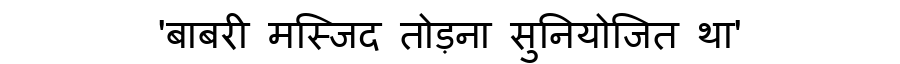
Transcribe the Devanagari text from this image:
'बाबरी मस्जिद तोड़ना सुनियोजित था'